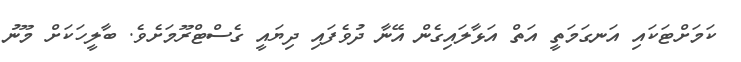
ކަމަށްޓަކައި އަނގަމަތީ އަތް އަޅާލައިގެން އޭނާ ދުވެފައި ދިޔައީ ގެސްޓްރޫމަށެވެ. ބާލީހަކަށް މޫނު